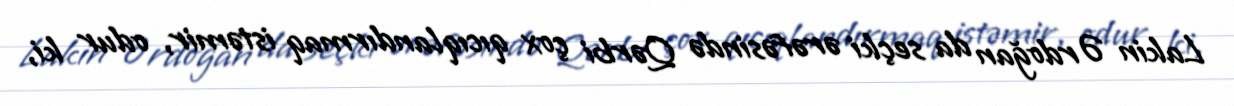
Lakin Ərdoğan da seçki ərəfəsində Qərbi çox qıcıqlandırmaq istəmir, odur ki,